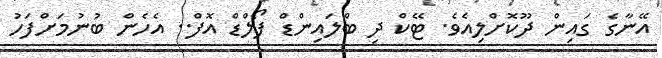
އޭނާގެ ގައިން ދޫކޮށްލިއެވެ. ޓޭކް ދި ބްލައިންޑް ފޯލްޑް އޮފް.. އެހެން ބުނުމަށްފަހު